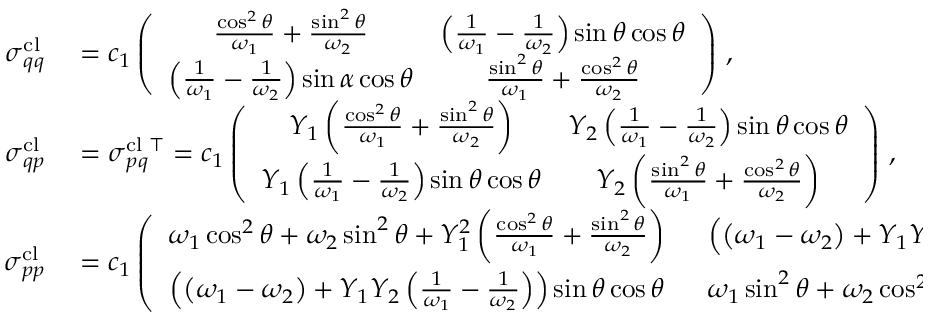
\begin{array} { r l } { \boldsymbol { \sigma } _ { q q } ^ { \mathrm { c l } } } & { { } = c _ { 1 } \left( \begin{array} { c c } { \frac { \cos ^ { 2 } \theta } { \omega _ { 1 } } + \frac { \sin ^ { 2 } \theta } { \omega _ { 2 } } } & { \left( \frac { 1 } { \omega _ { 1 } } - \frac { 1 } { \omega _ { 2 } } \right) \sin \theta \cos \theta } \\ { \left( \frac { 1 } { \omega _ { 1 } } - \frac { 1 } { \omega _ { 2 } } \right) \sin \alpha \cos \theta } & { \frac { \sin ^ { 2 } \theta } { \omega _ { 1 } } + \frac { \cos ^ { 2 } \theta } { \omega _ { 2 } } } \end{array} \right) \, , } \\ { \boldsymbol { \sigma } _ { q p } ^ { \mathrm { c l } } } & { { } = \boldsymbol { \sigma } _ { p q } ^ { \mathrm { c l } } { } ^ { \intercal } = c _ { 1 } \left( \begin{array} { c c } { Y _ { 1 } \left( \frac { \cos ^ { 2 } \theta } { \omega _ { 1 } } + \frac { \sin ^ { 2 } \theta } { \omega _ { 2 } } \right) } & { Y _ { 2 } \left( \frac { 1 } { \omega _ { 1 } } - \frac { 1 } { \omega _ { 2 } } \right) \sin \theta \cos \theta } \\ { Y _ { 1 } \left( \frac { 1 } { \omega _ { 1 } } - \frac { 1 } { \omega _ { 2 } } \right) \sin \theta \cos \theta } & { Y _ { 2 } \left( \frac { \sin ^ { 2 } \theta } { \omega _ { 1 } } + \frac { \cos ^ { 2 } \theta } { \omega _ { 2 } } \right) } \end{array} \right) \, , } \\ { \boldsymbol { \sigma } _ { p p } ^ { \mathrm { c l } } } & { { } = c _ { 1 } \left( \begin{array} { c c } { \omega _ { 1 } \cos ^ { 2 } \theta + \omega _ { 2 } \sin ^ { 2 } \theta + Y _ { 1 } ^ { 2 } \left( \frac { \cos ^ { 2 } \theta } { \omega _ { 1 } } + \frac { \sin ^ { 2 } \theta } { \omega _ { 2 } } \right) \; \; } & { \left( \left( \omega _ { 1 } - \omega _ { 2 } \right) + Y _ { 1 } Y _ { 2 } \left( \frac { 1 } { \omega _ { 1 } } - \frac { 1 } { \omega _ { 2 } } \right) \right) \sin \theta \cos \theta } \\ { \left( \left( \omega _ { 1 } - \omega _ { 2 } \right) + Y _ { 1 } Y _ { 2 } \left( \frac { 1 } { \omega _ { 1 } } - \frac { 1 } { \omega _ { 2 } } \right) \right) \sin \theta \cos \theta \; \; } & { \omega _ { 1 } \sin ^ { 2 } \theta + \omega _ { 2 } \cos ^ { 2 } \theta + Y _ { 2 } ^ { 2 } \left( \frac { \sin ^ { 2 } \theta } { \omega _ { 1 } } + \frac { \cos ^ { 2 } \theta } { \omega _ { 2 } } \right) } \end{array} \right) \, . } \end{array}